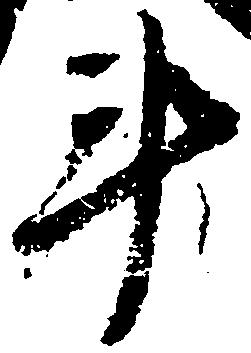
斗